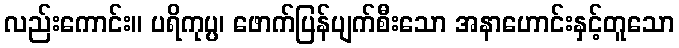
လည်းကောင်း။ ပရိကုပ္ပ၊ ဖောက်ပြန်ပျက်စီးသော အနာဟောင်းနှင့်တူသော